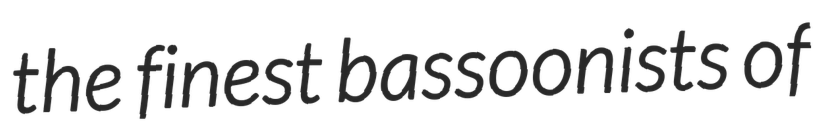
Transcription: the finest bassoonists of